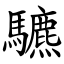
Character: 䮽